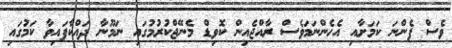
ވެސް ފެންނަ ކަމަށާއި އެހެންނަމަވެސް ރާއްޖެއިން ކޮވިޑް މެނޭޖްކުރުމުގައި ނަމޫނާ ދައްކާފައިވާ ކަމުގައި